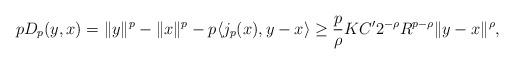
LaTeX: \begin{align*} p D_p(y,x) = \|y\|^p-\|x\|^p - p\langle j_p(x), y-x\rangle \geq \frac p \rho K C' 2^{-\rho} R^{p-\rho}\|y-x\|^\rho, \end{align*}